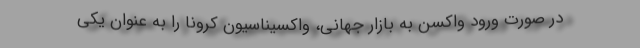
در صورت ورود واکسن به بازار جهانی، واکسیناسیون کرونا را به عنوان یکی